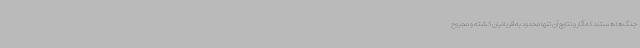
جنگ‌ها هستند که آثار و نتایج آن تنها محدود به قربانیان کشته و مجروح